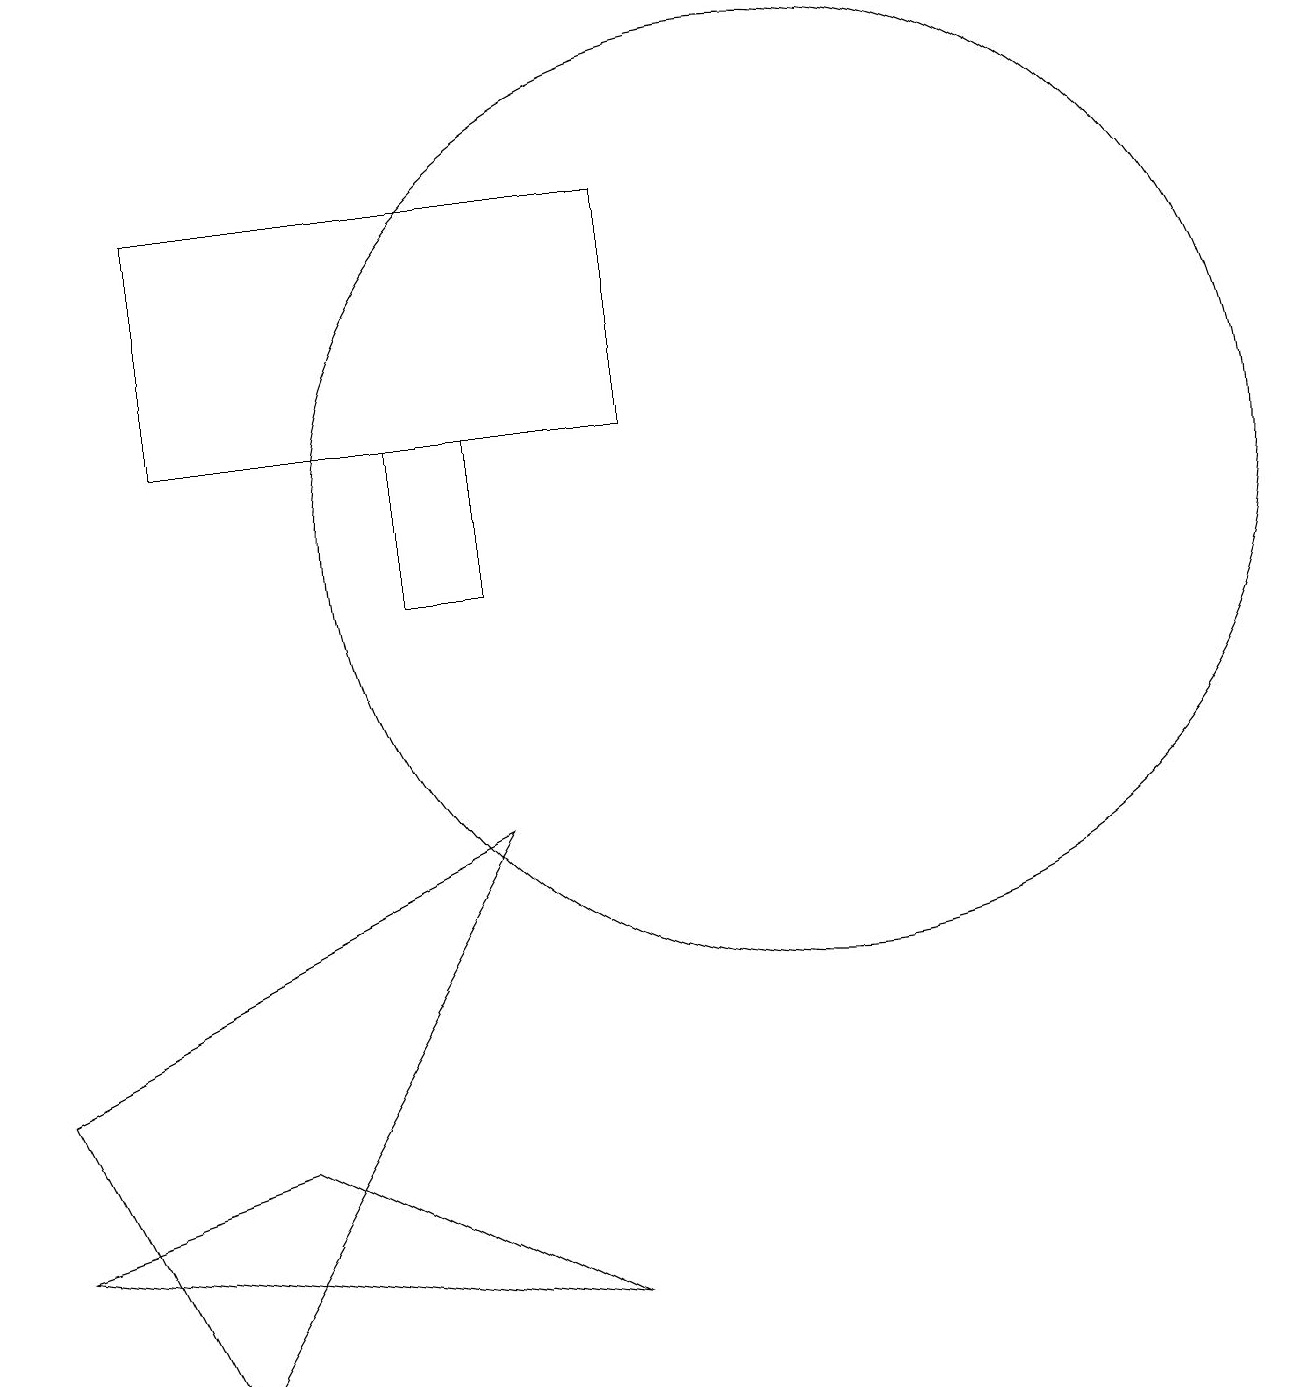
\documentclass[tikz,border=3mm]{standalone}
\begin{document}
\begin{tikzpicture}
\draw (0,2) -- (3,3) -- (7,1) -- cycle;
\draw (5,10) rectangle (6,12);
\draw (0,4) -- (2,0) -- (6,7) -- cycle;
\draw (2,12) rectangle (8,15);
\draw (10,11) circle (6);
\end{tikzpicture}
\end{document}